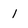
Character: 1